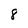
Character: 8